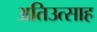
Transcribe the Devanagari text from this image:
अतिउत्साह